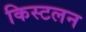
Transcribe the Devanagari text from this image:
किस्टलन